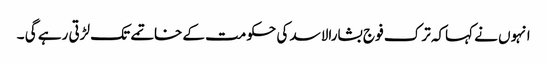
انہوں نے کہاکہ ترک فو ج بشارالاسد کی حکومت کے خاتمے تک لڑتی رہے گی ۔